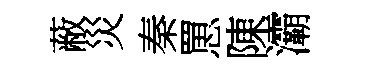
蔽災秦罳陳灞